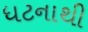
ધટનાથી